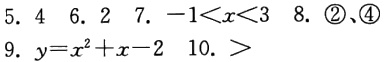
5. \(4\) 6. \(2\) 7. \(-1<x<3\) 8. \(\textcircled{2}、\textcircled{4}\) 9. \(y = x^{2}+x - 2\) 10. \(>\)